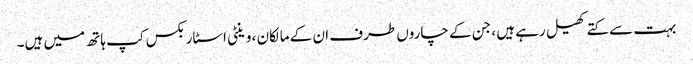
بہت سے کتے کھیل رہے ہیں ، جن کے چاروں طرف ان کے مالکان ، وینٹی اسٹاربکس کپ ہاتھ میں ہیں۔